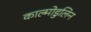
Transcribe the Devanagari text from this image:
काल्मोडुलिन